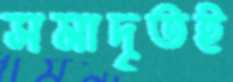
সমাদৃতই